system: You are a helpful assistant.
user:
Analyze the provided spectrum to determine if it is a **M-type Giant (gM)**.

A M-type Giant spectrum is defined by its **strong molecular absorption** features, particularly from **Titanium Oxide (TiO)**. You must check for one of the following mutually exclusive signatures:

- **Key Visual Indicators (Absorption-Dominated Spectrum):**

    - **(Primary):** The spectrum is dominated by strong molecular absorption from **Titanium Oxide (TiO)**. This is the **defining feature** of its M-type temperature class.
        - **(Key Bandheads):** Look for sharp, "saw-tooth" absorption valleys. The strongest are located near **~7050 Å**, **~6160 Å**, and **~5170 Å**.
        - **(Line Profile):** The "saw-tooth" morphology is critical: a **sharp, steep drop on the BLUE (short-wavelength) side** of the bandhead, followed by a gradual recovery (rising flux) towards the RED (long-wavelength) side.

    - **(Key Confirmation - Giant vs. Dwarf):** **ABSENCE** of strong **Calcium Hydride (CaH)** molecular bands. This is the primary diagnostic for *excluding* M-dwarfs.
        - **(Key Region):** The spectrum should lack the strong, broad absorption band seen in dwarfs between **~6800 Å and ~7000 Å**.

    - **(Secondary Confirmation - Giant):** A very strong and broad **Neutral Calcium (Ca I)** atomic absorption line.
        - **(Key Line):** Located at **~4226 Å**. In a giant (gM), this line is significantly deeper and broader than the same line in an M-dwarf (dM) due to low surface gravity.

    - **(Overall Spectrum):**
        - The continuum is **extremely red-sloping** (i.e., flux is very low in the blue and rises dramatically towards the red).
        - The entire spectrum appears "chopped up" by the deep TiO bands.

Think first, call **spectral_visualization_tool** if needed to examine features in detail, then provide your final answer. Your response must adhere to the following strict rules:
1.  **Overall Structure:** Your response must follow the format `<think>...</think> <tool_call>...</tool_call> (if a tool is used) <answer>...</answer>`.
2.  **Tool Usage Constraint:** You may only make **one** tool call per turn.
3.  **Final Answer Format:** In the `<answer>` tag, your conclusion must be inside a `\boxed{}` command (e.g., `\boxed{YES}` or `\boxed{NO}`), followed by your justification.

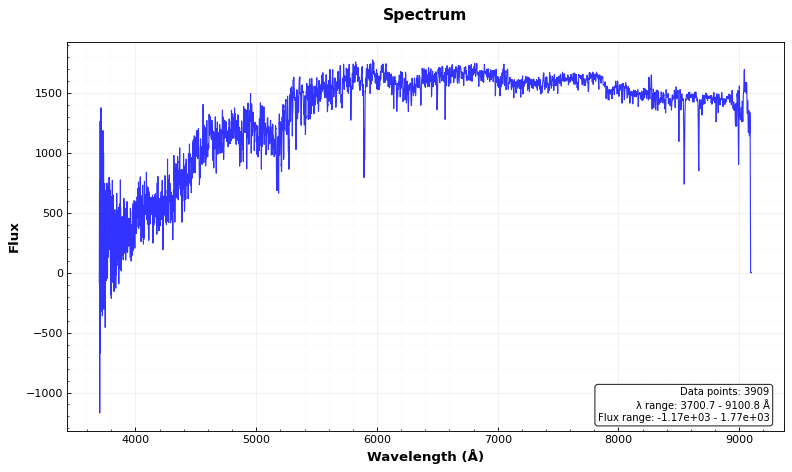
Answer: NO